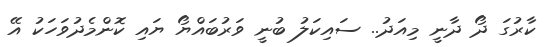
ކާރުގަ ދޯ ދާނީ މިއަދު.. ސައިކަލު ބުނީ ވަރުބައްޔޯ ޔައި ކޮންމެދުވަހަކު އޭ